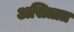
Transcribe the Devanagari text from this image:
असितात